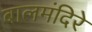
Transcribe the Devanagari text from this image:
बालमंदिरे